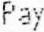
PAY